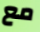
مع